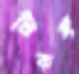
টিকছ